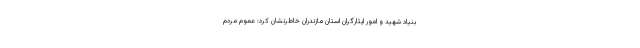
بنیاد شهید و امور ایثارگران استان مازندران خاطرنشان کرد: عموم مردم